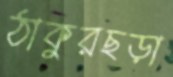
ঠাকুরছড়া